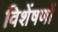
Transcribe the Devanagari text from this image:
विशेंषणों